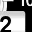
Digit: 2